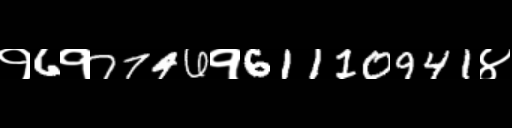
Text: १6१7746१61110941४